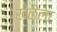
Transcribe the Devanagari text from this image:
खेळेला